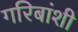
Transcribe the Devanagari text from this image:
गरिबांशी